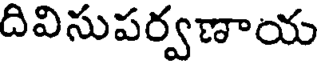
దివిసుపర్వణాయ